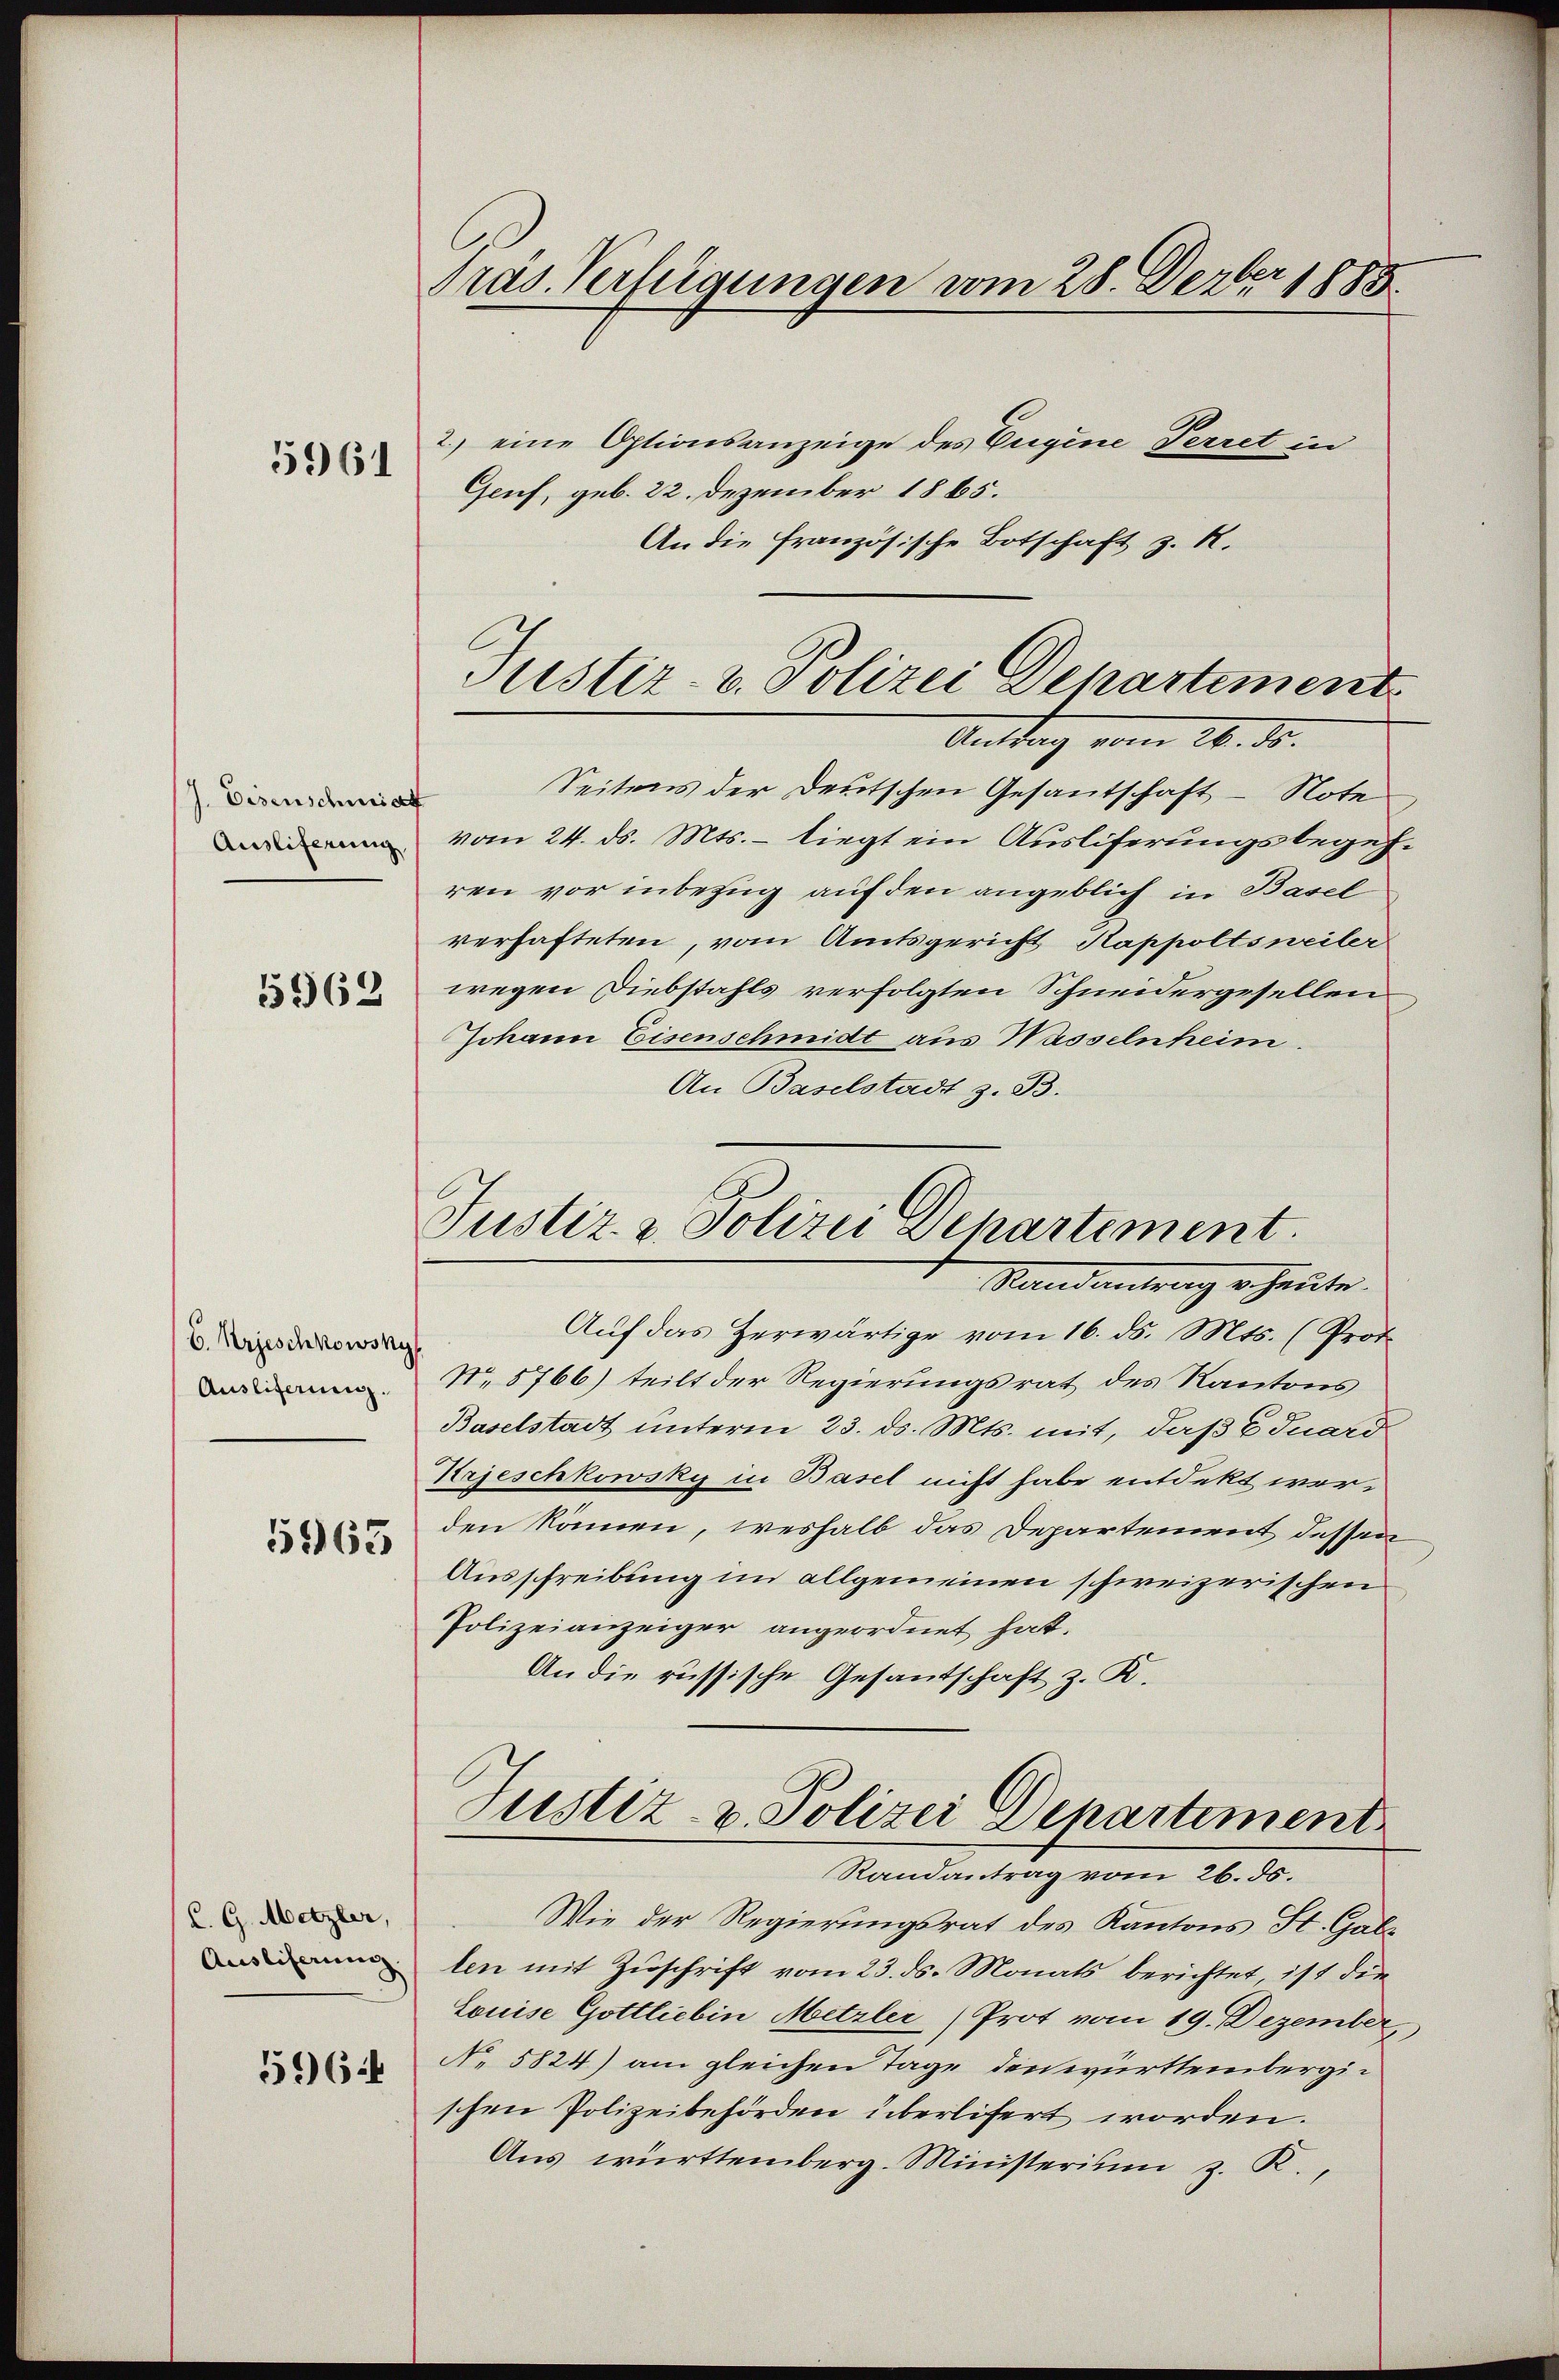
5961

J. Eisenschmiat
Ausliferung
5962

6. Krjeschkowsky
Ausliferung.

5963

C.G. Metzler,
Ausliferung
596.

Pras. Verfügungen vom 28. Ferber 1885
2.) eine Optionsanzeige des Eugene Perret in
Geuf, geb. 22. Dezember 1865.

An die französische Botschaft z. R.

Justiz- u. Polizei Departement

Anttag vom 26. ds.
Seitens der Deutschen Gesantschaft - Note
vom 24. ds. Mts. – liegt ein Ausliferungsbegehren vor inbezug auf den angeblich in Basel
verhafteten, vom Amtsgericht Kappoltsweiler
wegen Diebstahls verfolgten Schneidergesellen
Johann Eisenschmidt aus Wasselnheim.
An Baselstadt z. B.
Justiz & Polizei Departement.
Randeutung er heute.
Auf das Herwärtige vom 16. ds. Mts. (Prot
No. 5766) teilt der Regierungsrat des Kantons
Baselstadt unterm 23. ds. Mts. mit, daß 8 Juard
Krjeschkowsky in Basel nicht habe entdekt werden können, weshalb das Departement dessen
Ausschreibung im allgemeinen schweizerischen
Polizeianzeiger angeordnet hat.
An die russische Gesantschaft z. K.

Justiz- u. Polizei Departement
Randantrag vom 26. ds.

Wie der Regierungsrat des Kantons St. Galz
len mit Zuschrift vom 23. ds. Monats berichtet, ist die
Louise Gottlieben Metzler (Prot vom 19. Dezember,
No. 5824) am gleichen Tage den württembergischen Polizeibehörden überlifert worden.
Aus württemberg. Ministerium z. K.